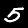
Label: 5